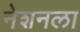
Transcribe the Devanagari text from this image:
नेशनला